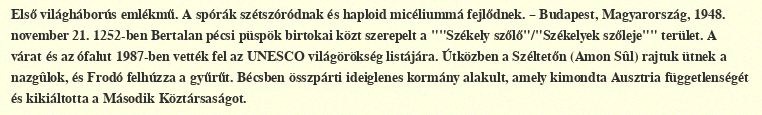
Első világháborús emlékmű. A spórák szétszóródnak és haploid micéliummá fejlődnek. – Budapest, Magyarország, 1948. november 21. 1252-ben Bertalan pécsi püspök birtokai közt szerepelt a ""Székely szőlő"/"Székelyek szőleje"" terület. A várat és az ófalut 1987-ben vették fel az UNESCO világörökség listájára. Útközben a Széltetőn (Amon Sûl) rajtuk ütnek a nazgûlok, és Frodó felhúzza a gyűrűt. Bécsben összpárti ideiglenes kormány alakult, amely kimondta Ausztria függetlenségét és kikiáltotta a Második Köztársaságot.